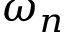
\omega _ { n }